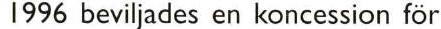
1996 beviljades en koncession för